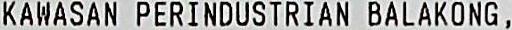
KAWASAN PERINDUSTRIAN BALAKONG,